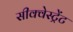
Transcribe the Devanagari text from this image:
सीक्वेस्ट्रेंट